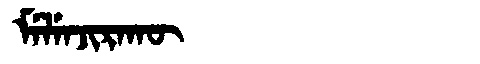
Manchu: ᠮᡝᠯᡝᠨᠵᡳᡵᠠᡴᡡ
Romanization: MELENJIRAKŪ